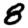
Digit: 8